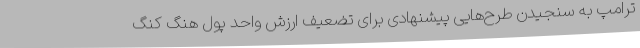
ترامپ به سنجیدن طرح‌هایی پیشنهادی برای تضعیف ارزش واحد پول هنگ کنگ